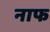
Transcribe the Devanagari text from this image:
नाफ